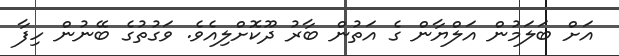
އަށް ބަލަމުން އަލްޔާން ގެ އަތުން ބާރު ދޫކޮށްލިއެވެ. ވަގުތުގެ ބޭނުން ހިފާ